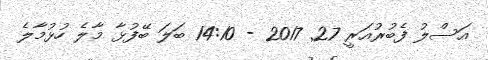
އަސްލު ފެބުރުއަރީ 27